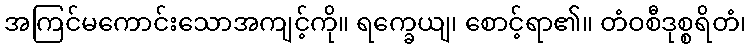
အကြင်မကောင်းသောအကျင့်ကို။ ရက္ခေယျ၊ စောင့်ရာ၏။ တံဝစီဒုစ္စရိတံ၊